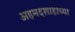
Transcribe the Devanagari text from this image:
अहमदशाहाच्या